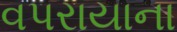
વપરાયાના